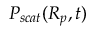
P _ { s c a t } ( R _ { p } , t )